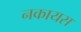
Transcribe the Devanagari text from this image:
नकायस